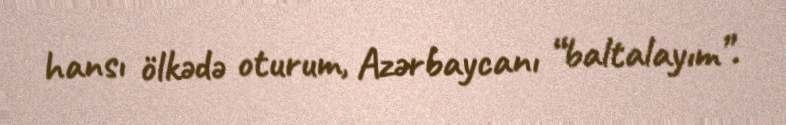
hansı ölkədə oturum, Azərbaycanı “baltalayım”.